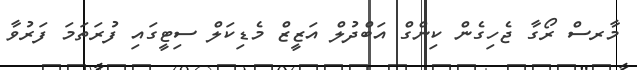
މާރސް ރޯގާ ޖެހިގެން ކިންގް އަބްދުލް އަޒީޒް މެޑިކަލް ސިޓީގައި ފުރަތަމަ ފަރުވާ